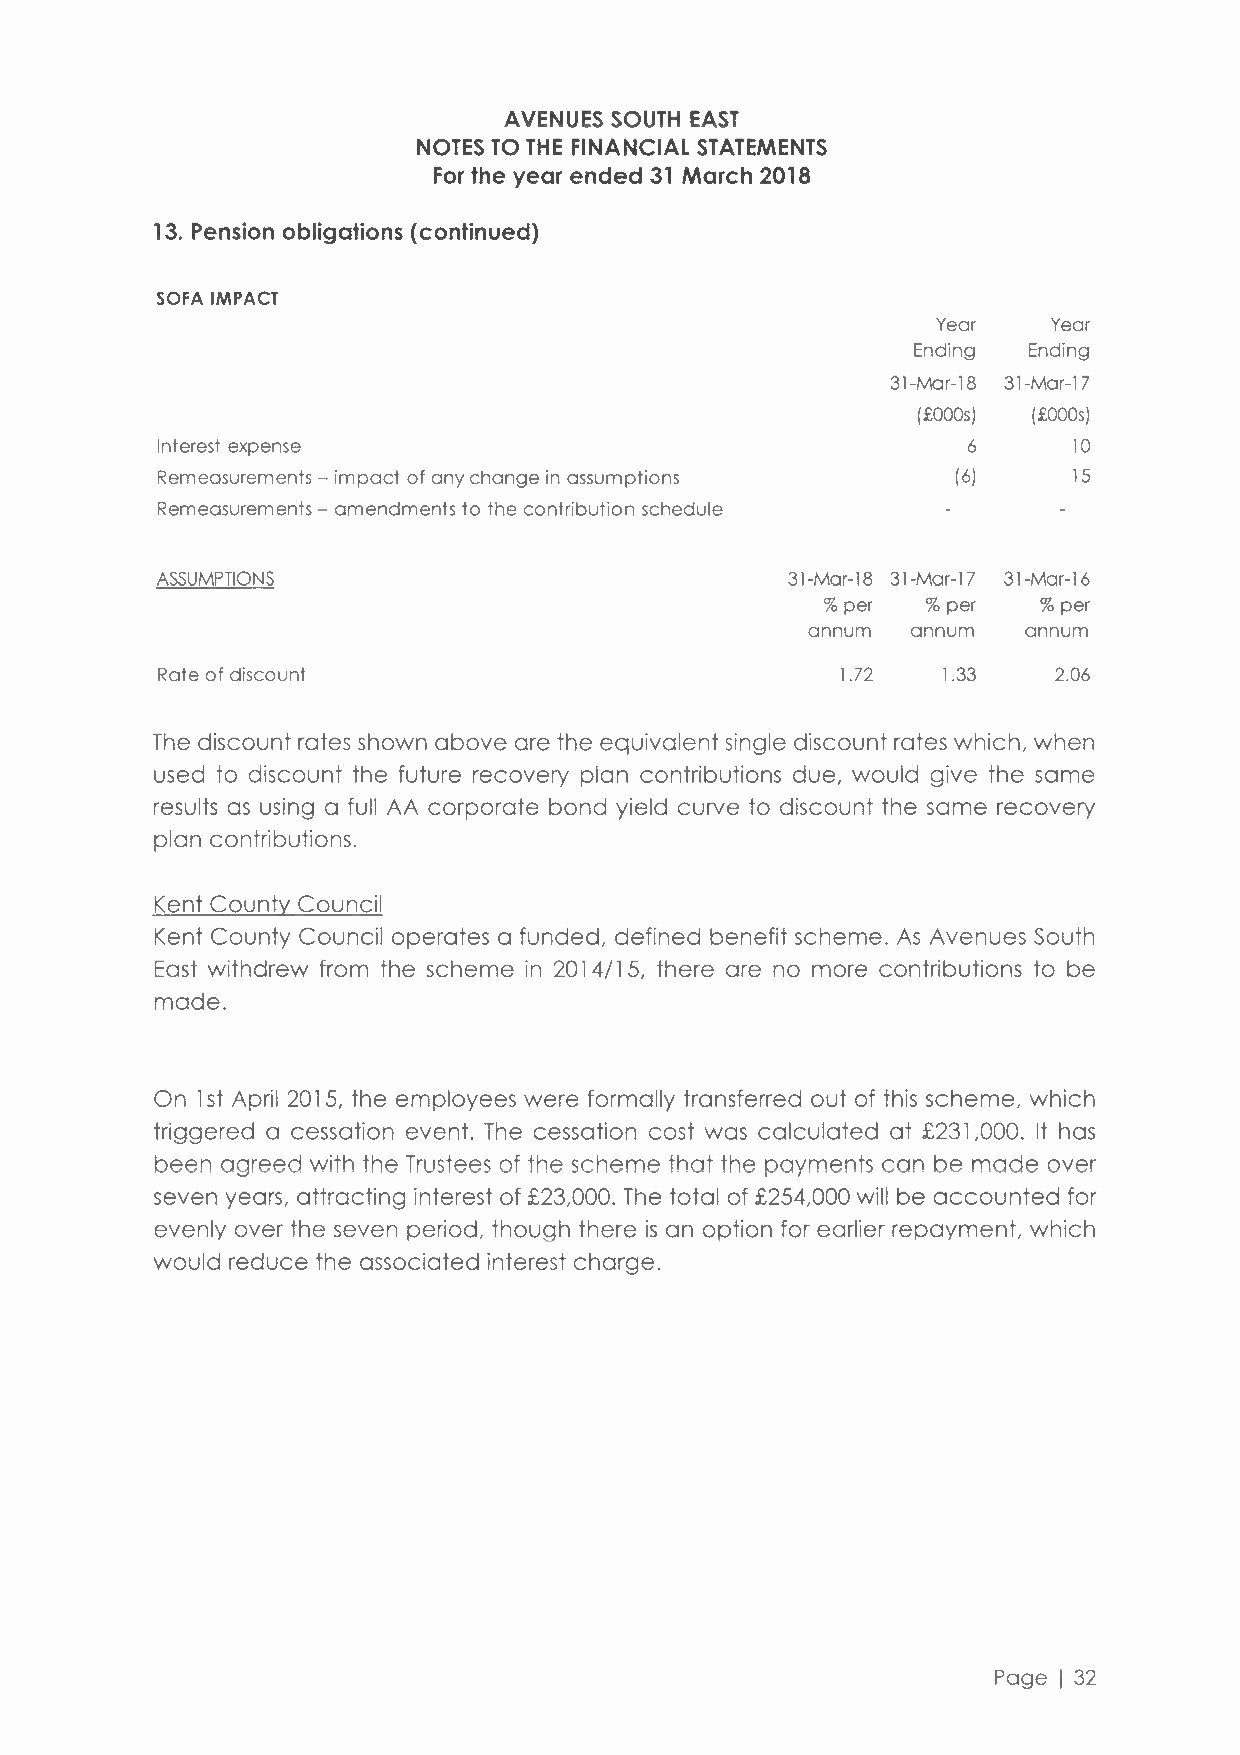
AVENUES SOUTH EAST
 NOTES TO THE FINANCIAL STATEMENTS
 For the year ended 31 March 2018
 13. Pension obligations (continued)
 SOFA IMPACT
 Year    Year
 Ending  Ending
 31-Mar-18 31-Mar-17
 (£OOOs) (£OOOs)
 Interest expense                                      6      10
 Remeasurements - impact of any change in assumptions (6)     15
 Remeasurements - amendments to the contribution schedule
 ASSUMPTIONS                               31-Mar-18 31-Mar-17 31-Mar-16
 % per  % per   % per
 annum  annum   annum
 Rate of discount                              1.72  1.33    2.06
 The discount rates shown above are the equivalent single discount rates which, when
 used to discount the future recovery plan contributions due, would give the same
 results as using a full AA corporate bond yield curve to discount the same recovery
 plan contributions.
 Kent County Council
 Kent County Council operates a funded, defined benefit scheme. As Avenues South
 East withdrew from the scheme in 2014/15, there are no more contributions to be
 made.
 On l st April 2015, the employees were formally transferred out of this scheme, which
 triggered a cessation event. The cessation cost was calculated at £231,000. It has
 been agreed with the Trustees of the scheme that the payments can be made over
 seven years, attracting interest of £23,000. The total of £254,000 will be accounted for
 evenly over the seven period, though there is an option for earlier repayment, which
 would reduce the associated interest charge.
 Page I 32